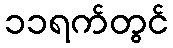
၁၁ရက်တွင်